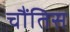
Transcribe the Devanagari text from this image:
चौंतिस